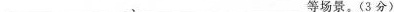
___、___等场景。(3分)